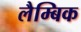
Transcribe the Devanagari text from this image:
लैम्बिक